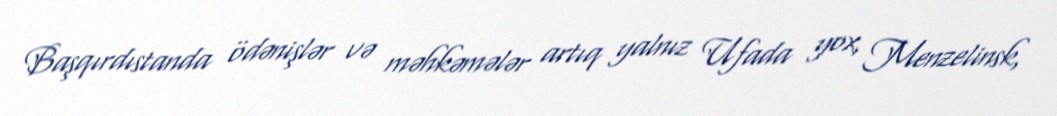
Başqırdıstanda ödənişlər və məhkəmələr artıq yalnız Ufada yox, Menzelinsk,